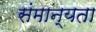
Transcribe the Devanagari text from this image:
संमान्यता